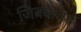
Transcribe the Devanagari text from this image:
जिबकेराव